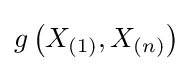
g\left(X_{(1)},X_{(n)}\right)